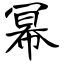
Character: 幂